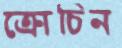
ক্রোচিন